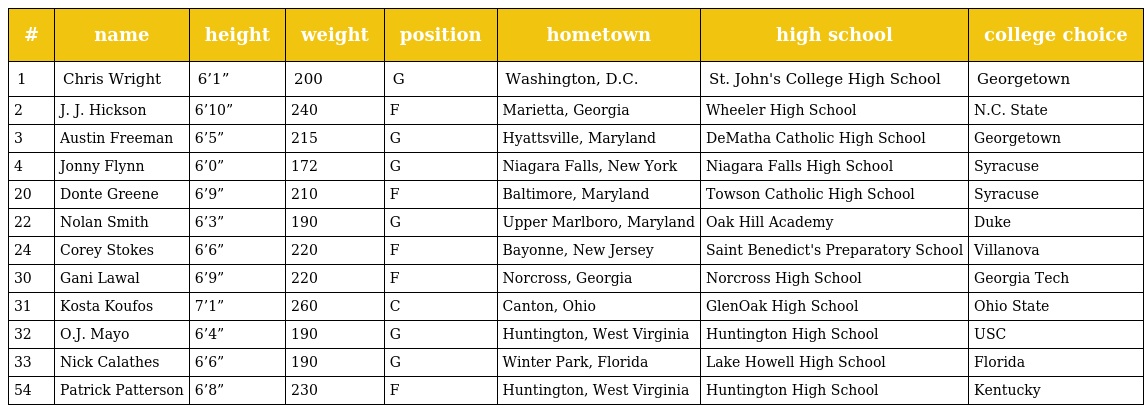
| # | name | height | weight | position | hometown | high school | college choice |
 | --- | --- | --- | --- | --- | --- | --- | --- |
 | 1 | Chris Wright | 6’1” | 200 | G | Washington, D.C. | St. John's College High School | Georgetown |
 | 2 | J. J. Hickson | 6’10” | 240 | F | Marietta, Georgia | Wheeler High School | N.C. State |
 | 3 | Austin Freeman | 6’5” | 215 | G | Hyattsville, Maryland | DeMatha Catholic High School | Georgetown |
 | 4 | Jonny Flynn | 6’0” | 172 | G | Niagara Falls, New York | Niagara Falls High School | Syracuse |
 | 20 | Donte Greene | 6’9” | 210 | F | Baltimore, Maryland | Towson Catholic High School | Syracuse |
 | 22 | Nolan Smith | 6’3” | 190 | G | Upper Marlboro, Maryland | Oak Hill Academy | Duke |
 | 24 | Corey Stokes | 6’6” | 220 | F | Bayonne, New Jersey | Saint Benedict's Preparatory School | Villanova |
 | 30 | Gani Lawal | 6’9” | 220 | F | Norcross, Georgia | Norcross High School | Georgia Tech |
 | 31 | Kosta Koufos | 7’1” | 260 | C | Canton, Ohio | GlenOak High School | Ohio State |
 | 32 | O.J. Mayo | 6’4” | 190 | G | Huntington, West Virginia | Huntington High School | USC |
 | 33 | Nick Calathes | 6’6” | 190 | G | Winter Park, Florida | Lake Howell High School | Florida |
 | 54 | Patrick Patterson | 6’8” | 230 | F | Huntington, West Virginia | Huntington High School | Kentucky |